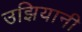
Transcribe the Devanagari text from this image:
उझियानी